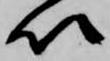
以